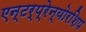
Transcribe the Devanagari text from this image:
एन्टर्प्रेन्योरशिप